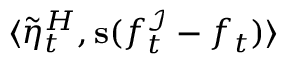
\langle \tilde { \eta } _ { t } ^ { H } , \mathbf { s } ( f _ { t } ^ { \mathcal { I } } - f _ { t } ) \rangle